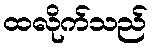
ထလိုက်သည်